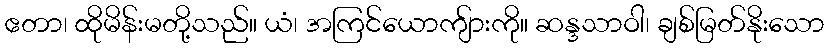
ဧတာ၊ ထိုမိန်းမတို့သည်။ ယံ၊ အကြင်ယောကျ်ားကို။ ဆန္ဒသာဝါ၊ ချစ်မြတ်နိုးသော